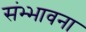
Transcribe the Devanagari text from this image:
संभ्भावना